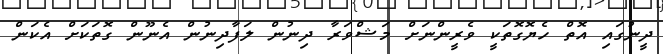
ދީނުގައި އޮތް ހެޔޮގޮތަކީ ވެރީންނަށް މަޝްވަރާ ދިނުން ލަފާދިނުން އެނޫން ގޮތަކަށް އެކަން